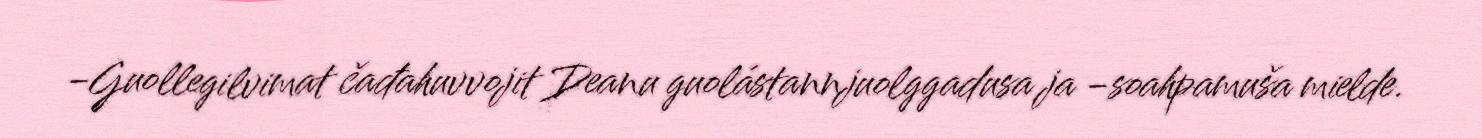
-Guollegilvimat čađahuvvojit Deanu guolástannjuolggadusa ja -soahpamuša mielde.